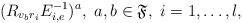
LaTeX: \begin{align*}(R_{v_br_i} E_{i,e}^{-1})^a,\ a,b \in \mathfrak F,\ i = 1, \ldots, l,\end{align*}